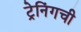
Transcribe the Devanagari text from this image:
ट्रेनिंगची